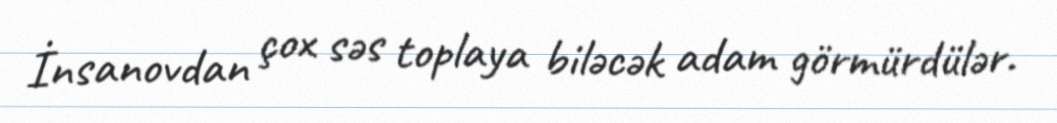
İnsanovdan çox səs toplaya biləcək adam görmürdülər.